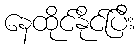
နေထိုင်နိုင်ပြီး